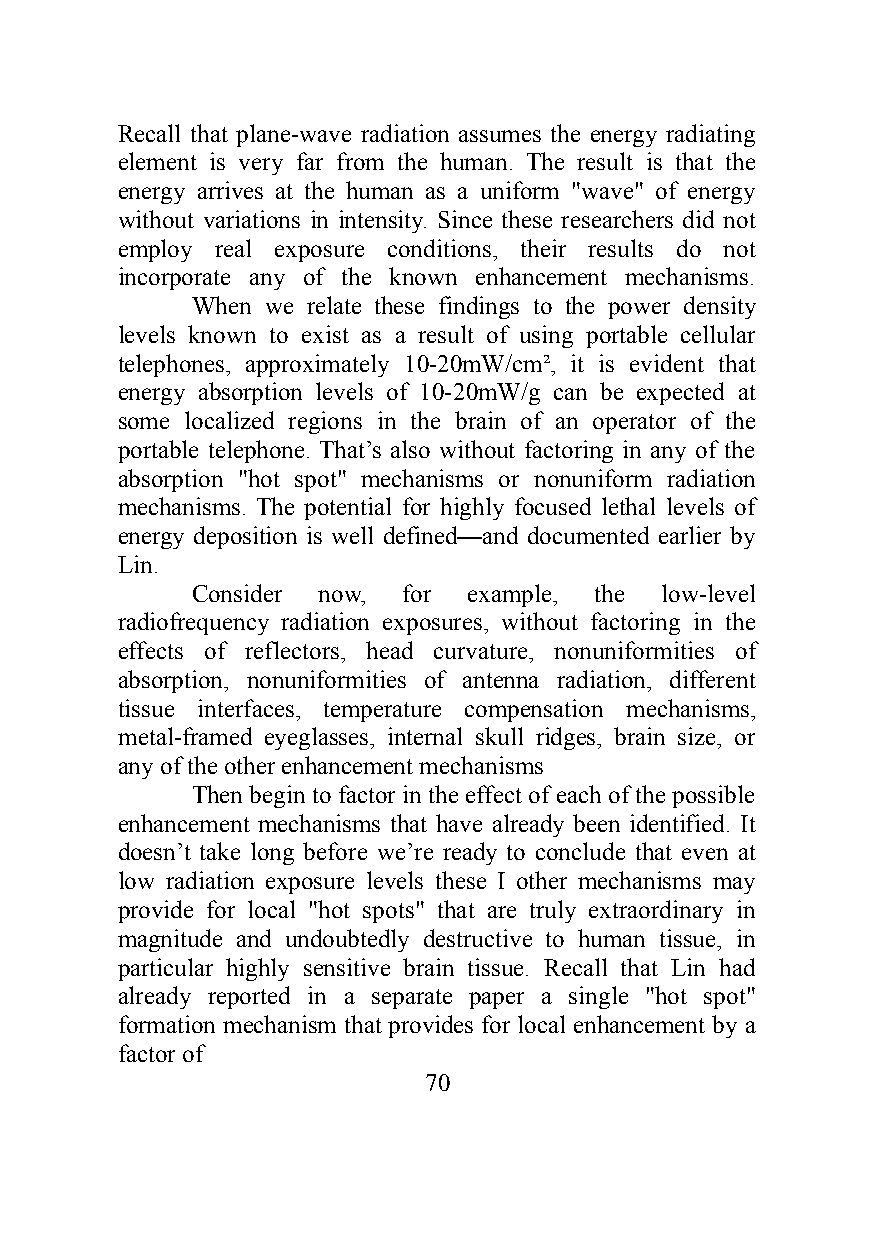
Recall that plane-wave radiation assumes the energy radiating
 element is very far from the human. The result is that the
 energy arrives at the human as a uniform "wave" of energy
 without variations in intensity. Since these researchers did not
 employ real exposure conditions, their results do not
 incorporate any of the known enhancement mechanisms.
 When we relate these findings to the power density
 levels known to exist as a result of using portable cellular
 telephones, approximately 10-20mW/cm², it is evident that
 energy absorption levels of 10-20mW/g can be expected at
 some localized regions in the brain of an operator of the
 portable telephone. That’s also without factoring in any of the
 absorption "hot spot" mechanisms or nonuniform radiation
 mechanisms. The potential for highly focused lethal levels of
 energy deposition is well defined—and documented earlier by
 Lin.
 Consider now, for example, the low-level
 radiofrequency radiation exposures, without factoring in the
 effects of reflectors, head curvature, nonuniformities of
 absorption, nonuniformities of antenna radiation, different
 tissue interfaces, temperature compensation mechanisms,
 metal-framed eyeglasses, internal skull ridges, brain size, or
 any of the other enhancement mechanisms
 Then begin to factor in the effect of each of the possible
 enhancement mechanisms that have already been identified. It
 doesn’t take long before we’re ready to conclude that even at
 low radiation exposure levels these I other mechanisms may
 provide for local "hot spots" that are truly extraordinary in
 magnitude and undoubtedly destructive to human tissue, in
 particular highly sensitive brain tissue. Recall that Lin had
 already reported in a separate paper a single "hot spot"
 formation mechanism that provides for local enhancement by a
 factor of
 70